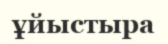
ұйыстыра